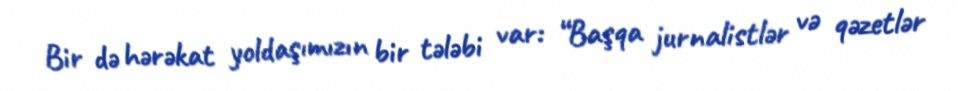
Bir də hərəkat yoldaşımızın bir tələbi var: “Başqa jurnalistlər və qəzetlər